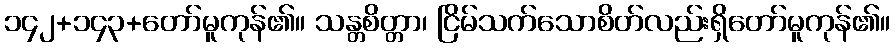
၁၄၂+၁၄၃+တော်မူကုန်၏။ သန္တစိတ္တာ၊ ငြိမ်သက်သောစိတ်လည်းရှိတော်မူကုန်၏။